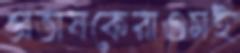
প্রভাষকেরাওমই